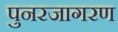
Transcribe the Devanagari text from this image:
पुनरजागरण